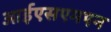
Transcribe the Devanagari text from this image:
आईएसएमएन